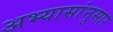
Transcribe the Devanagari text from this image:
अभ्यासांनुसार